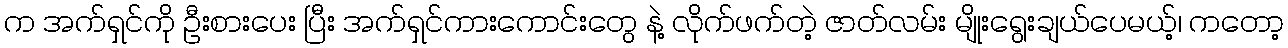
က အက်ရှင်ကို ဦးစားပေး ပြီး အက်ရှင်ကားကောင်းတွေ နဲ့ လိုက်ဖက်တဲ့ ဇာတ်လမ်း မျိုးရွေးချယ်ပေမယ့်၊ ကတော့